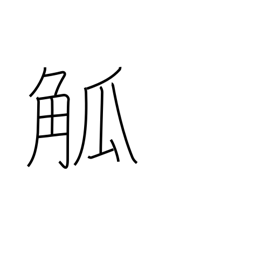
Meaning: cup